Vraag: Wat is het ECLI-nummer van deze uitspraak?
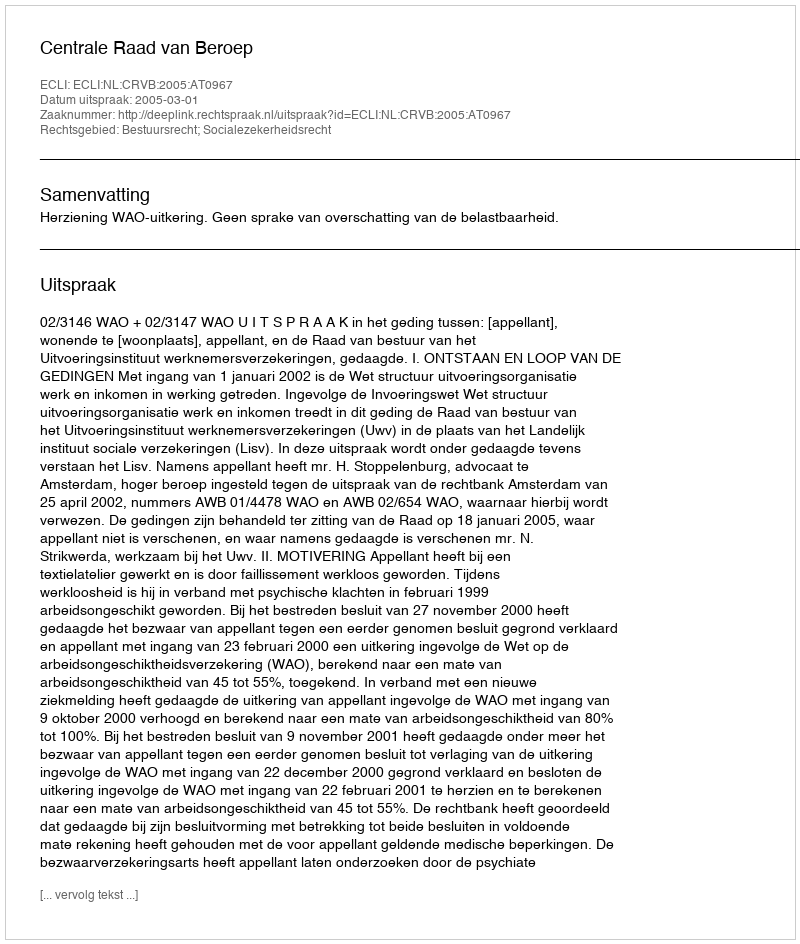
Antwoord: ECLI:NL:CRVB:2005:AT0967